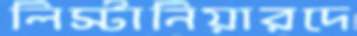
লিস্টানিয়ারদে